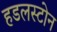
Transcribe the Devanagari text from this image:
हडलस्टोन